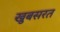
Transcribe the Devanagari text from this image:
खुबसरत